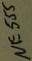
Text: NE555